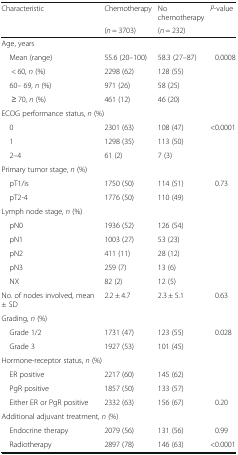
| <ROWSPAN=2> Characteristic | Chemotherapy | No chemotherapy | <ROWSPAN=2> P-value |
 | (n = 3703) | (n = 232) |
 | --- | --- | --- | --- |
 | <COLSPAN=4> Age, years |
 | Mean (range) | 55.6 (20–100) | 58.3 (27–87) | 0.0008 |
 | < 60, n (%) | 2298 (62) | 128 (55) |  |
 | 60– 69, n (%) | 971 (26) | 58 (25) |  |
 | ≥ 70, n (%) | 461 (12) | 46 (20) |  |
 | <COLSPAN=4> ECOG performance status, n (%) |
 | 0 | 2301 (63) | 108 (47) | <0.0001 |
 | 1 | 1298 (35) | 113 (50) |  |
 | 2–4 | 61 (2) | 7 (3) |  |
 | <COLSPAN=4> Primary tumor stage, n (%) |
 | pT1/is | 1750 (50) | 114 (51) | 0.73 |
 | pT2-4 | 1776 (50) | 110 (49) |  |
 | <COLSPAN=4> Lymph node stage, n (%) |
 | pN0 | 1936 (52) | 126 (54) |  |
 | pN1 | 1003 (27) | 53 (23) |  |
 | pN2 | 411 (11) | 28 (12) |  |
 | pN3 | 259 (7) | 13 (6) |  |
 | NX | 82 (2) | 12 (5) |  |
 | No. of nodes involved, mean ± SD | 2.2 ± 4.7 | 2.3 ± 5.1 | 0.63 |
 | <COLSPAN=4> Grading, n (%) |
 | Grade 1/2 | 1731 (47) | 123 (55) | 0.028 |
 | Grade 3 | 1927 (53) | 101 (45) |  |
 | <COLSPAN=4> Hormone-receptor status, n (%) |
 | ER positive | 2217 (60) | 145 (62) |  |
 | PgR positive | 1857 (50) | 133 (57) |  |
 | Either ER or PgR positive | 2332 (63) | 156 (67) | 0.20 |
 | <COLSPAN=4> Additional adjuvant treatment, n (%) |
 | Endocrine therapy | 2079 (56) | 131 (56) | 0.99 |
 | Radiotherapy | 2897 (78) | 146 (63) | <0.0001 |